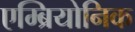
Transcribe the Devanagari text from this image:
एम्ब्रियोनिक